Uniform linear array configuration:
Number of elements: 16
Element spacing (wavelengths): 0.25
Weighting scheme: hamming
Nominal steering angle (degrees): -15
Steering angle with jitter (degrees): -13.48
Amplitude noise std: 0.05
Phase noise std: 0.05

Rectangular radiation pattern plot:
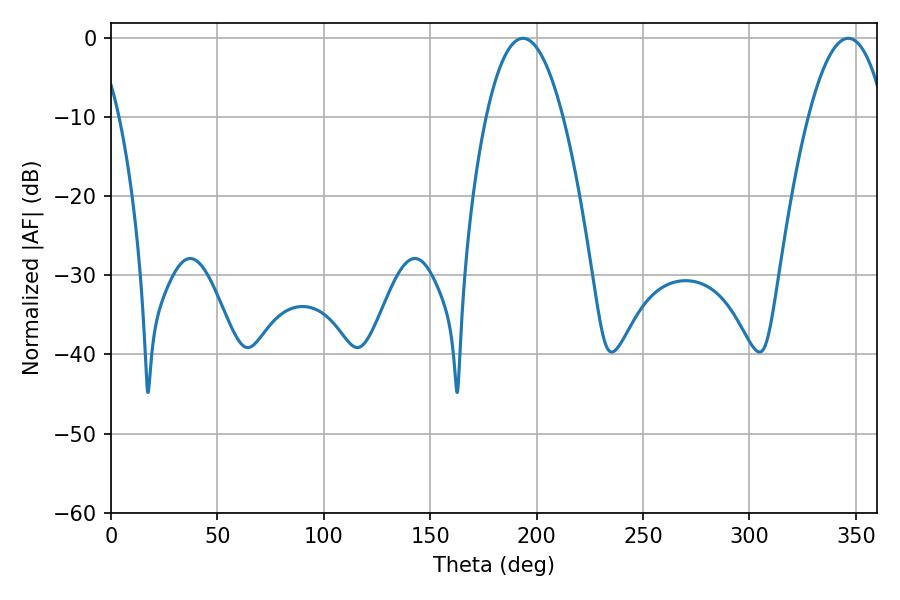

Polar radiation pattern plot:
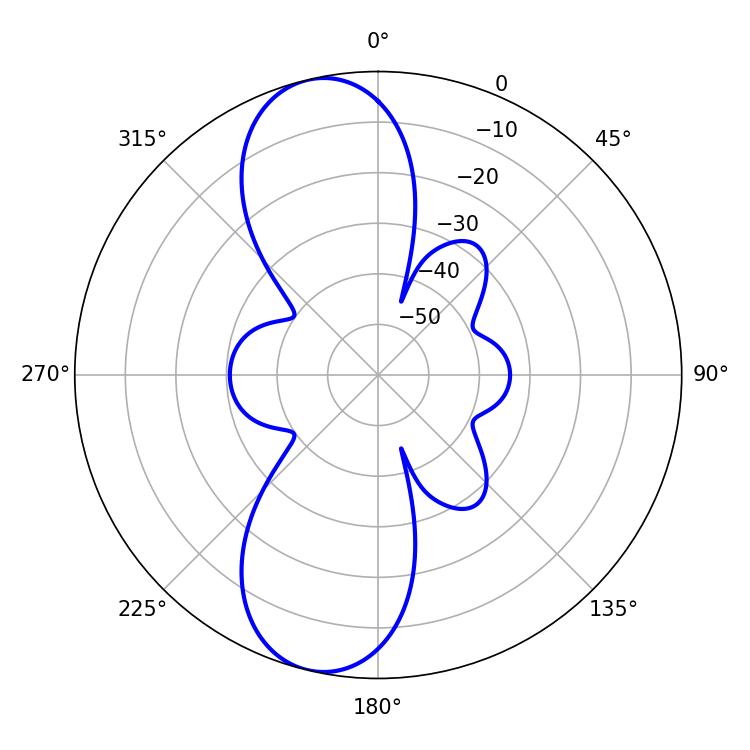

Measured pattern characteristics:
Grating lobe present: FALSE
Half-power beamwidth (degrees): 19.98
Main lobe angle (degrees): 193.5